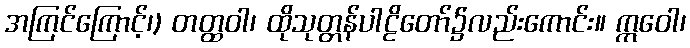
အကြင်ကြောင့်၊) တတ္ထဝါ၊ ထိုသုတ္တန်ပါဠိတော်၌လည်းကောင်း။ ဣဝေါ၊